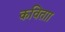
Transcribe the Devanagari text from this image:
कविताा